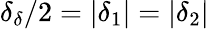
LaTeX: \delta_{\delta}/2=|\delta_{1}|=|\delta_{2}|